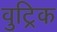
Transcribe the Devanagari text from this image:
वुट्रिक